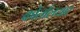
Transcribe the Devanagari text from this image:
कोर्तालयार